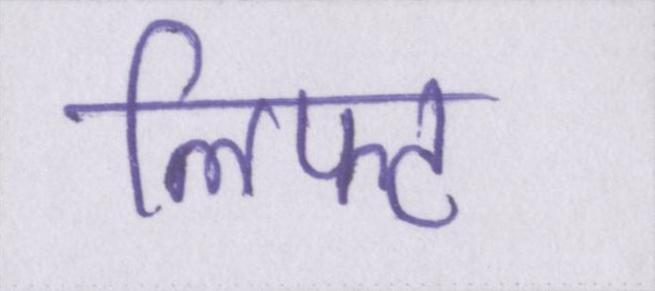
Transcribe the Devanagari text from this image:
लिफ्ट